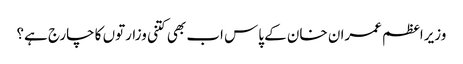
وزیراعظم عمران خان کے پاس اب بھی کتنی وزارتوں کا چارج ہے؟